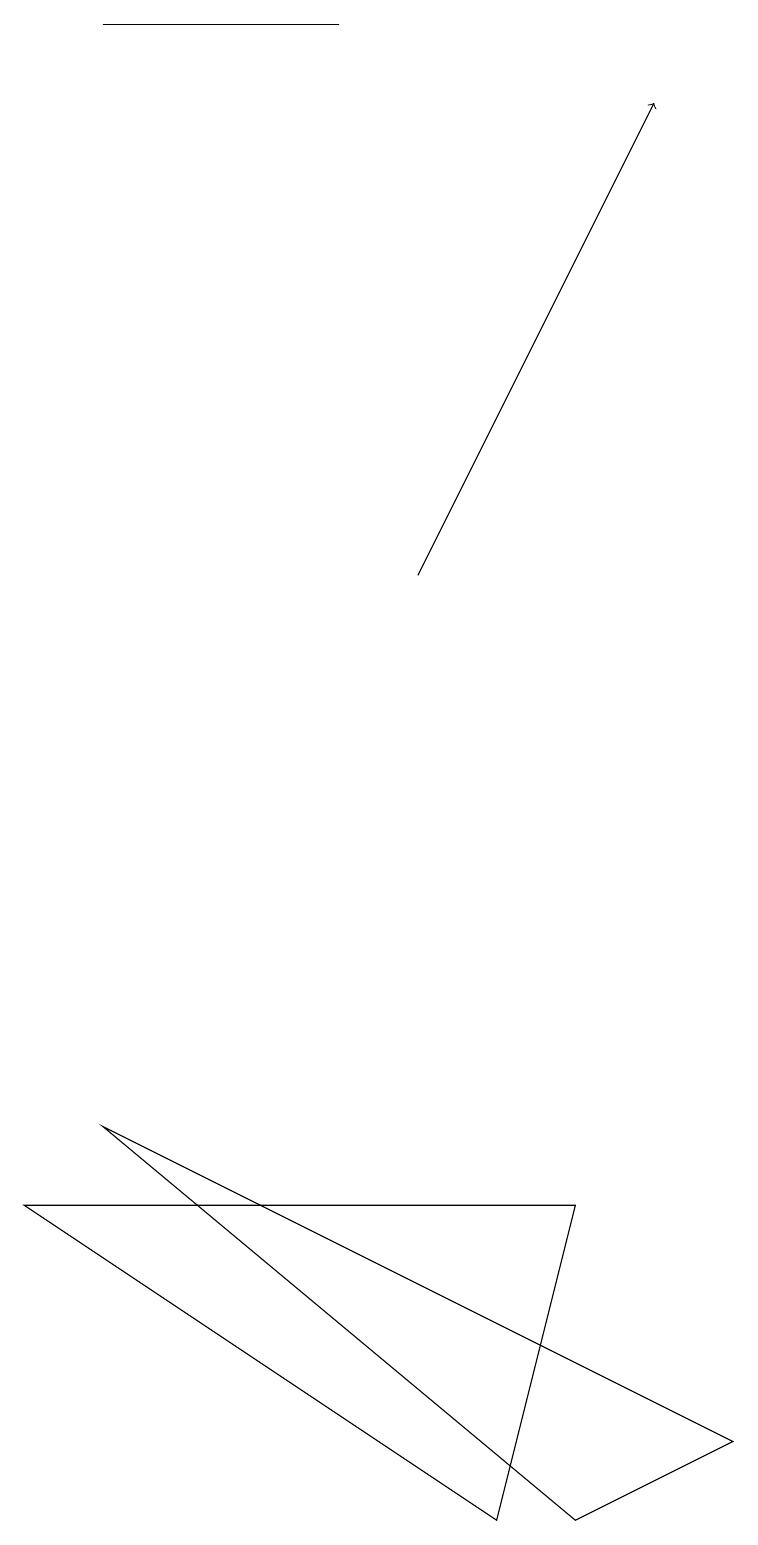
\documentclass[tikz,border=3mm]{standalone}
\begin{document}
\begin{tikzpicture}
\draw (7,0) -- (9,1) -- (1,5) -- cycle;
\draw (6,0) -- (0,4) -- (7,4) -- cycle;
\draw (4,19) rectangle (1,19);
\draw[->] (5,12) -- (8,18);
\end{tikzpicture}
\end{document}